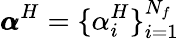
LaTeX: \pmb{\alpha}^{H}=\{ \alpha_{i}^{H}\} _{i=1}^{N_{f}}